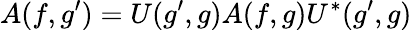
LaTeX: A(f,g^{\prime})=U(g^{\prime},g)A(f,g)U^{*}(g^{\prime},g)